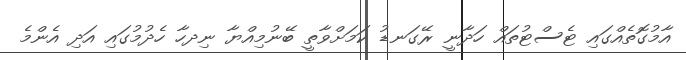
އާމުގޮތެއްގައި ޓެސްޓުތައް ހަދާނީ ރޭގަނޑު ކަމަށްވާތީ ބޭނުމިއްޔާ ނިދހާ ހެދުމުގައި އަދި އެންމެ